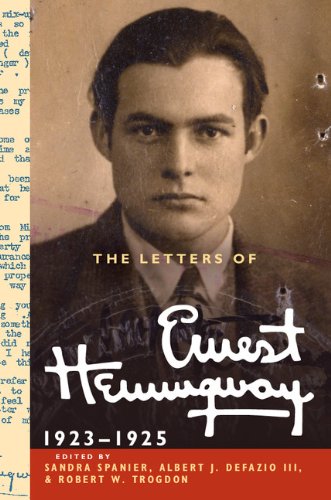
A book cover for The Letters of Ernest Hemingway: Volume 2, 1923-1925 (The Cambridge Edition of the Letters of Ernest Hemingway); Ernest Hemingway; Literature & Fiction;